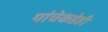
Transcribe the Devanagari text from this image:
यांचेकडेही